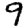
Digit: 9